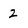
Character: 2